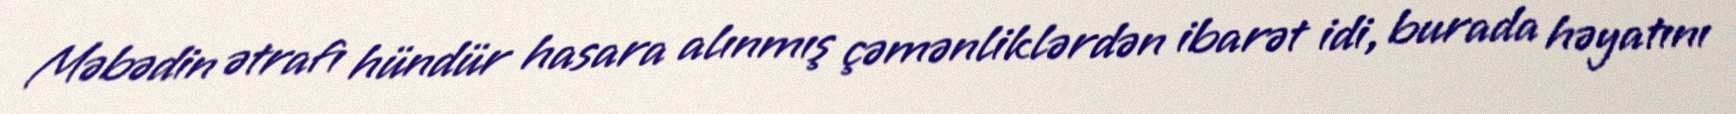
Məbədin ətrafı hündür hasara alınmış çəmənliklərdən ibarət idi, burada həyatını